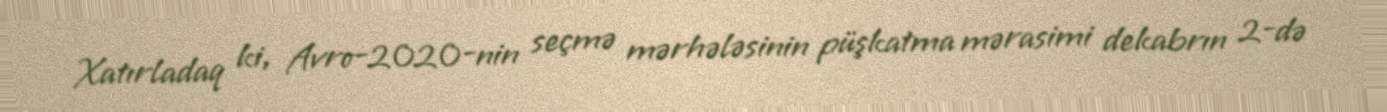
Xatırladaq ki, Avro-2020-nin seçmə mərhələsinin püşkatma mərasimi dekabrın 2-də